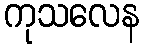
ကုသလေန